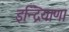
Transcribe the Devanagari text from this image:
इन्द्रियाणा